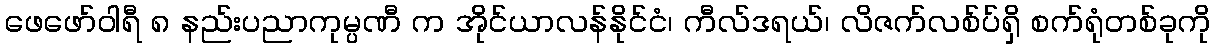
ဖေဖော်ဝါရီ ၈ နည်းပညာကုမ္ပဏီ က အိုင်ယာလန်နိုင်ငံ၊ ကီလ်ဒရယ်၊ လိဇက်လစ်ပ်ရှိ စက်ရုံတစ်ခုကို